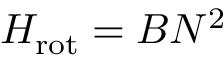
H _ { \mathrm { r o t } } = B N ^ { 2 }